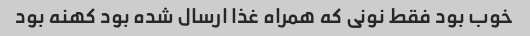
خوب بود فقط نونی که همراه غذا ارسال شده بود کهنه بود